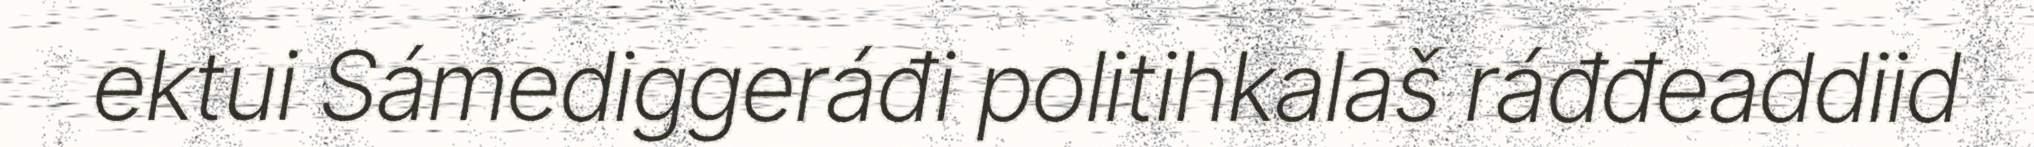
ektui Sámediggeráđi politihkalaš ráđđeaddiid